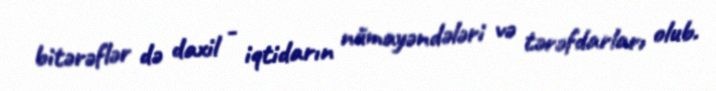
bitərəflər də daxil - iqtidarın nümayəndələri və tərəfdarları olub.